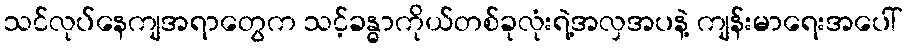
သင်လုပ်နေကျအရာတွေက သင့်ခန္ဓာကိုယ်တစ်ခုလုံးရဲ့အလှအပနဲ့ ကျန်းမာရေးအပေါ်